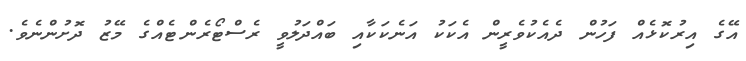
އޭގެ އިރުކޮޅެއް ފަހުން ދެއެކުވެރީން އެކަކު އަނެކަކާއި ބައްދަލުވީ ރެސްޓޯރެންޓެއްގެ މޭޒު ދޮށުންނެވެ.